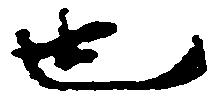
也